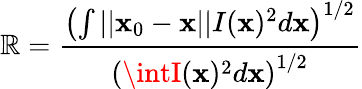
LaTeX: \mathbb{R}=\frac{{\left(\int||\mathbf{{x}}_{0}-\mathbf{{x}}||I(\mathbf{{x}})^{2}d\mathbf{{x}}\right)^{1/2}}}{{\left(\intI(\mathbf{{x}})^{2}d\mathbf{{x}}\right)^{1/2}}}